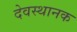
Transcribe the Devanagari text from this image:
देवस्थानक